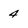
Character: 4